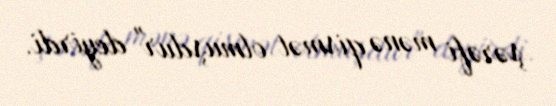
şərəfi mənə qismət olmuşdur" deyirdi.